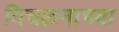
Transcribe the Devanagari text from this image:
विचलनाच्या